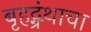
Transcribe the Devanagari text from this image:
बृहद्ग्रंथाचा